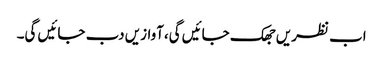
اب نظریں جھک جائیں گی،آوازیں دب جائیں گی۔